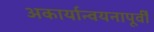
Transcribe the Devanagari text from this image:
अकार्यान्वयनापूर्वी